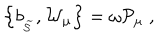
LaTeX: \left\{ b _ { _ { \widetilde { \mathcal { S } } } } , \mathcal { W } _ { \mu } \right\} = \omega \mathcal { P } _ { \mu } \; ,